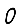
Digit: 0